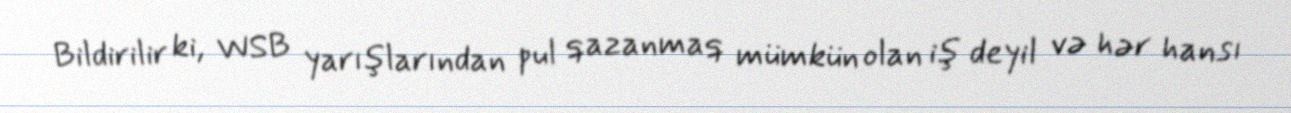
Bildirilir ki, WSB yarışlarından pul qazanmaq mümkün olan iş deyil və hər hansı